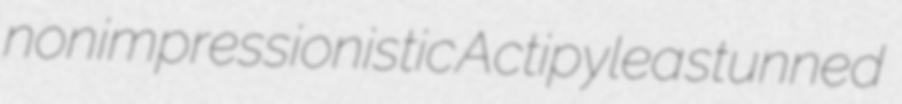
nonimpressionistic Actipylea stunned